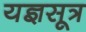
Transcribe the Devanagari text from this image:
यज्ञसूत्र